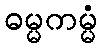
ဓမ္မကမ္မံ